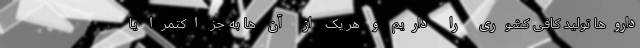
داروها تولید کافی کشوری را داریم و هر یک از آن ها به جز اکتمرا یا